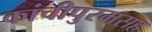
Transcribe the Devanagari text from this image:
कांचीपुरमसह